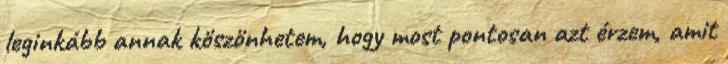
leginkább annak köszönhetem, hogy most pontosan azt érzem, amit